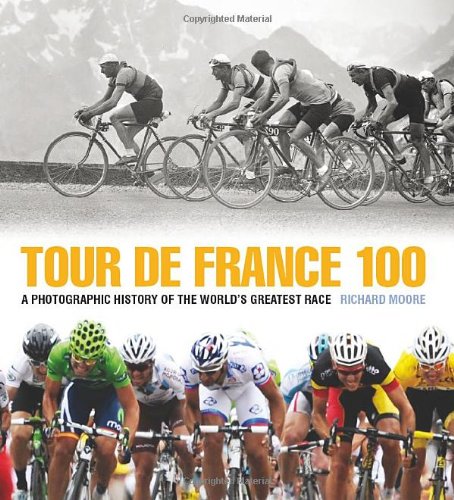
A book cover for Tour de France 100: A Photographic History of the World's Greatest Race; Richard Moore; Arts & Photography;